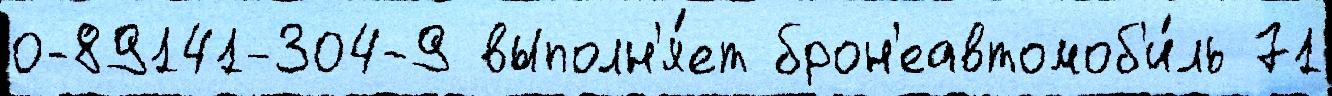
0-89141-304-9 выполн'я́ет брон'еавтомоб'и́ль 71